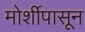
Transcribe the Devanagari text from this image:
मोर्शीपासून